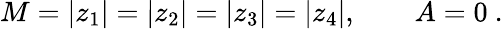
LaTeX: M=|z_{1}|=|z_{2}|=|z_{3}|=|z_{4}|,\qquad A=0\ .